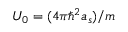
\displaystyle U _ { 0 } = ( 4 \pi \hslash ^ { 2 } a _ { s } ) / m